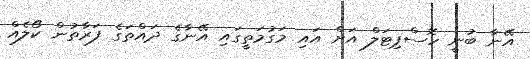
އޭނާ ބުނީ ހޮސްޕިޓަލް އަށް އައި މަގުމަތީގައި އޭނާގެ ދައްތަގެ ފަރާތުން ކޯލެއް